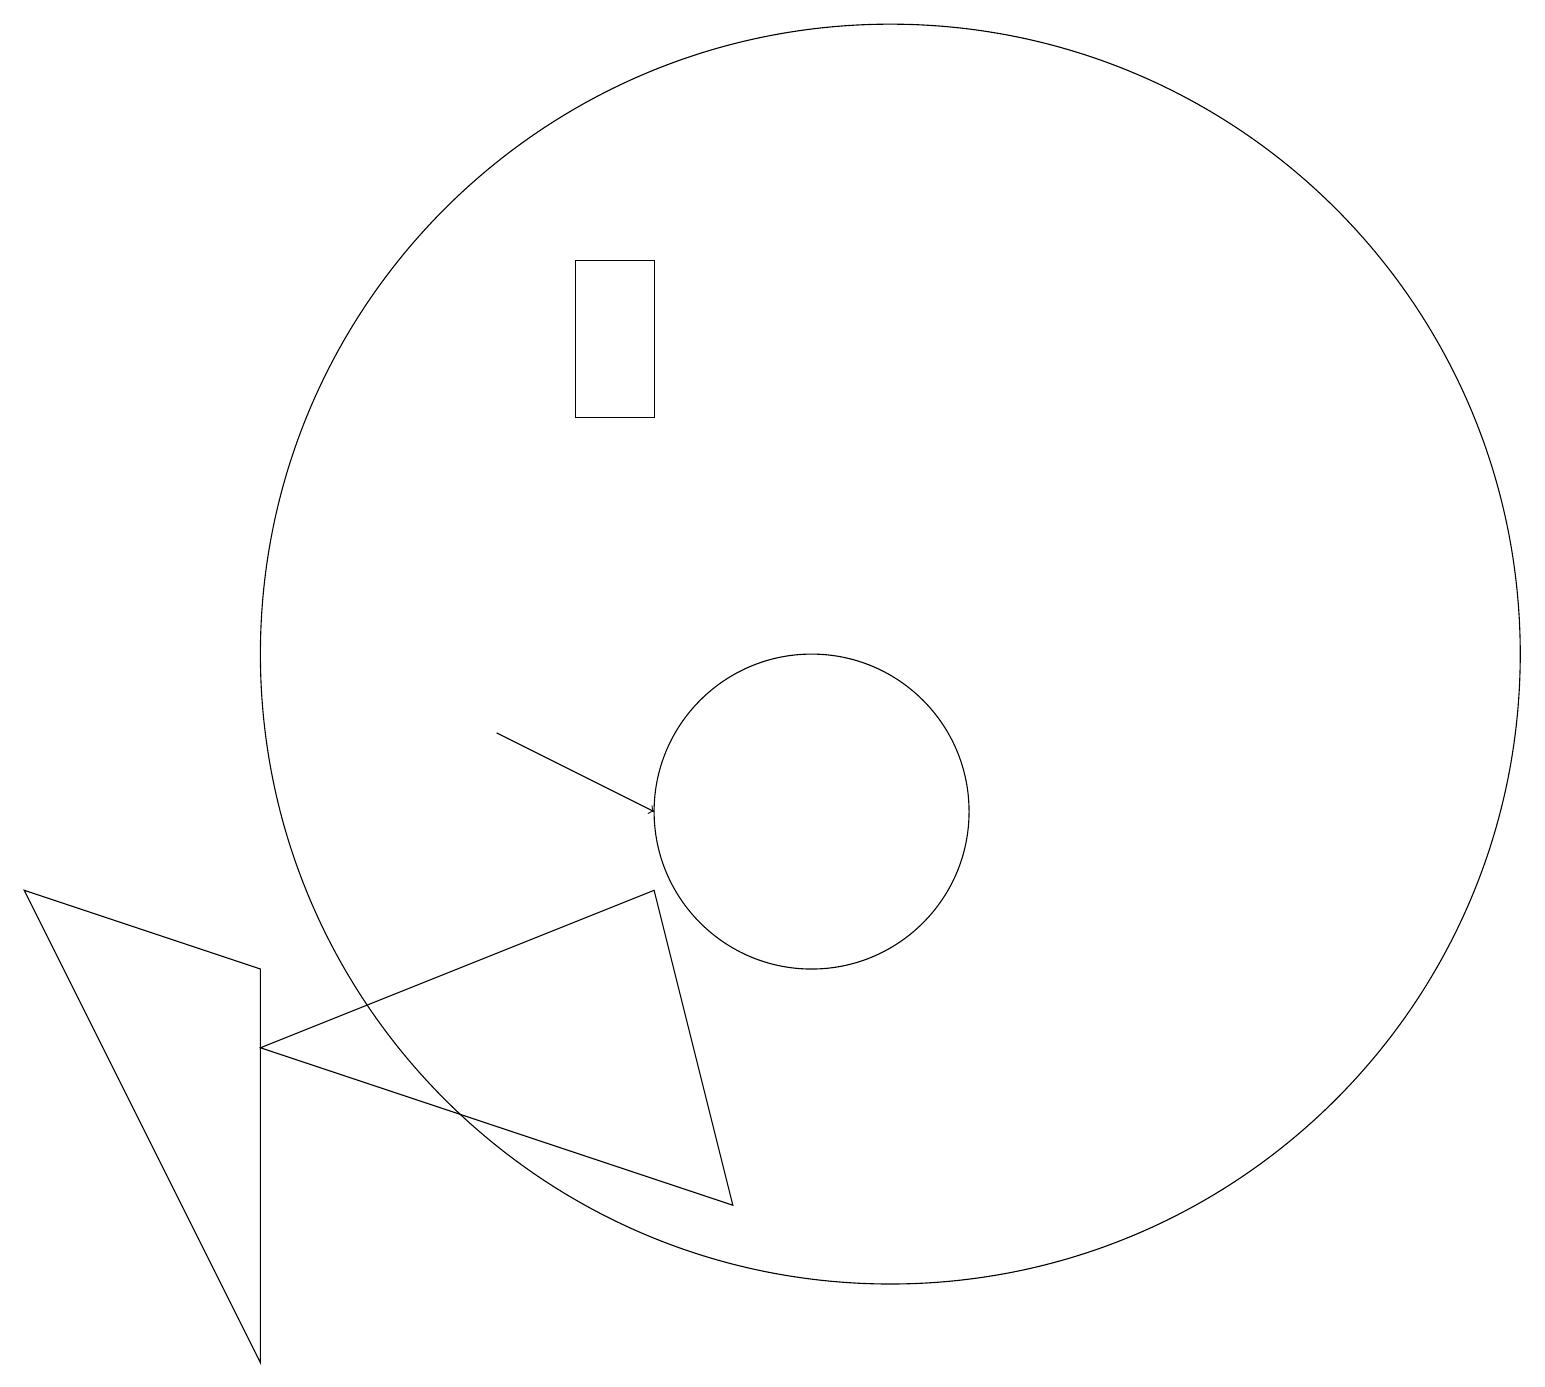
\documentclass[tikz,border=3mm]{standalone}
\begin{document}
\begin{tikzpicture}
\draw (7,17) rectangle (8,15);
\draw (11,12) circle (8);
\draw (10,10) circle (2);
\draw[->] (6,11) -- (8,10);
\draw (8,9) -- (3,7) -- (9,5) -- cycle;
\draw (0,9) -- (3,3) -- (3,8) -- cycle;
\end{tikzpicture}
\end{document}